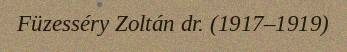
Füzesséry Zoltán dr. (1917–1919)